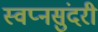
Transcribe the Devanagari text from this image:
स्वप्नसुंदरी